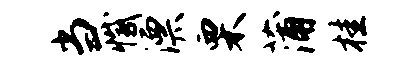
当撼漂栗蒲桂